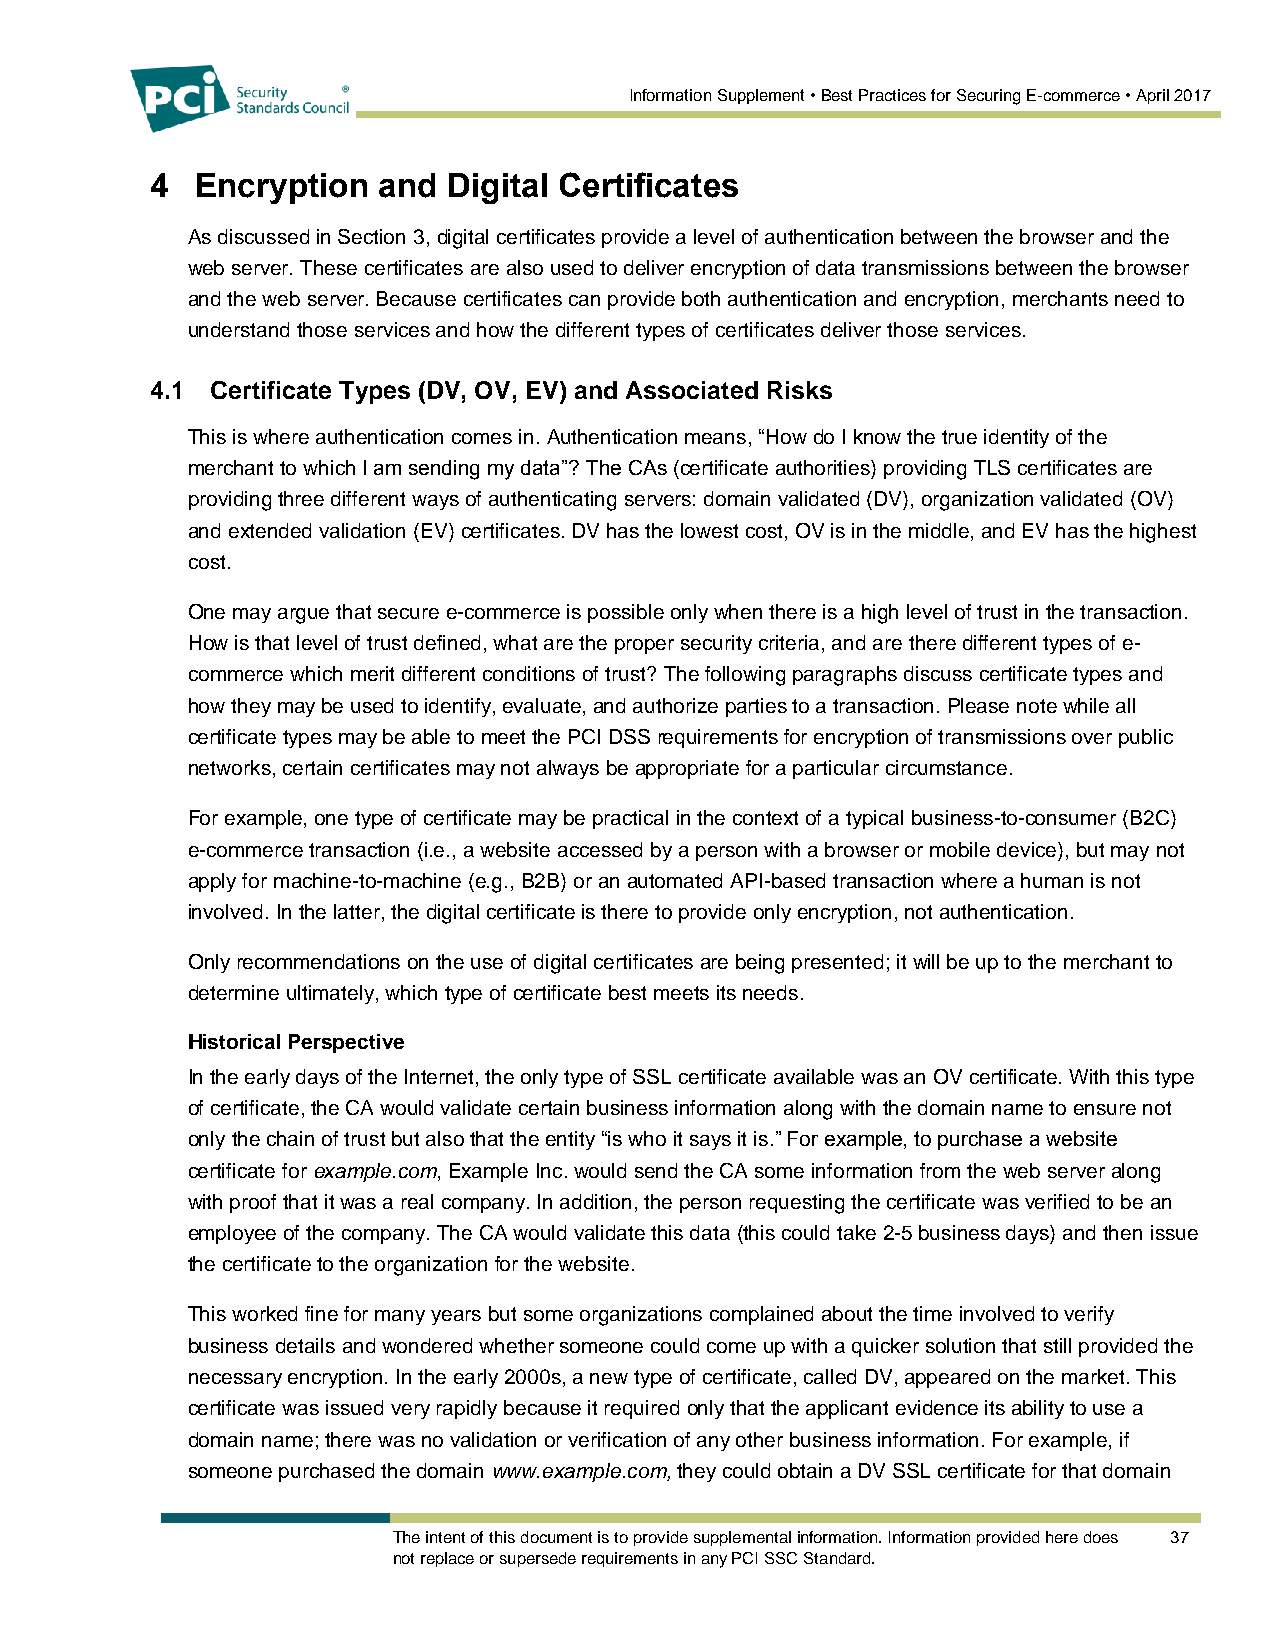
Information Supplement • Best Practices for Securing E-commerce • April 2017
 4  Encryption  and  Digital Certificates
 As discussed in Section 3, digital certificates provide a level of authentication between the browser and the
 web server. These certificates are also used to deliver encryption of data transmissions between the browser
 and the web server. Because certificates can provide both authentication and encryption, merchants need to
 understand those services and how the different types of certificates deliver those services.
 4.1 Certificate Types (DV, OV, EV) and Associated Risks
 This is where authentication comes in. Authentication means, “How do I know the true identity of the
 merchant to which I am sending my data”? The CAs (certificate authorities) providing TLS certificates are
 providing three different ways of authenticating servers: domain validated (DV), organization validated (OV)
 and extended validation (EV) certificates. DV has the lowest cost, OV is in the middle, and EV has the highest
 cost.
 One may argue that secure e-commerce is possible only when there is a high level of trust in the transaction.
 How is that level of trust defined, what are the proper security criteria, and are there different types of e-
 commerce which merit different conditions of trust? The following paragraphs discuss certificate types and
 how they may be used to identify, evaluate, and authorize parties to a transaction. Please note while all
 certificate types may be able to meet the PCI DSS requirements for encryption of transmissions over public
 networks, certain certificates may not always be appropriate for a particular circumstance.
 For example, one type of certificate may be practical in the context of a typical business-to-consumer (B2C)
 e-commerce transaction (i.e., a website accessed by a person with a browser or mobile device), but may not
 apply for machine-to-machine (e.g., B2B) or an automated API-based transaction where a human is not
 involved. In the latter, the digital certificate is there to provide only encryption, not authentication.
 Only recommendations on the use of digital certificates are being presented; it will be up to the merchant to
 determine ultimately, which type of certificate best meets its needs.
 Historical Perspective
 In the early days of the Internet, the only type of SSL certificate available was an OV certificate. With this type
 of certificate, the CA would validate certain business information along with the domain name to ensure not
 only the chain of trust but also that the entity “is who it says it is.” For example, to purchase a website
 certificate for example.com, Example Inc. would send the CA some information from the web server along
 with proof that it was a real company. In addition, the person requesting the certificate was verified to be an
 employee of the company. The CA would validate this data (this could take 2-5 business days) and then issue
 the certificate to the organization for the website.
 This worked fine for many years but some organizations complained about the time involved to verify
 business details and wondered whether someone could come up with a quicker solution that still provided the
 necessary encryption. In the early 2000s, a new type of certificate, called DV, appeared on the market. This
 certificate was issued very rapidly because it required only that the applicant evidence its ability to use a
 domain name; there was no validation or verification of any other business information. For example, if
 someone purchased the domain www.example.com, they could obtain a DV SSL certificate for that domain
 The intent of this document is to provide supplemental information. Information provided here does 37
 not replace or supersede requirements in any PCI SSC Standard.